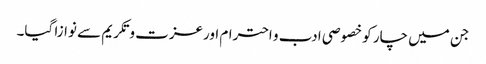
جن میں چار کو خصوصی ادب و احترام اورعزت و تکریم سے نوازا گیا۔